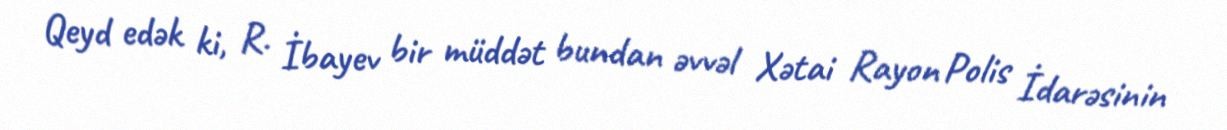
Qeyd edək ki, R. İbayev bir müddət bundan əvvəl Xətai Rayon Polis İdarəsinin